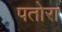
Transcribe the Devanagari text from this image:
पतोरा